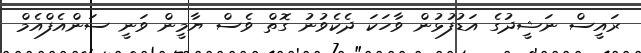
ރައީސް ނަޝީދުގެ އަޑުފުޅުން ވާހަކަ ދެކެވުނު ގޮތް ވެސް ޔާމީން ވަނީ ސަންއެފްއެމް